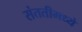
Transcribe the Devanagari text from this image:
संततीमध्ये